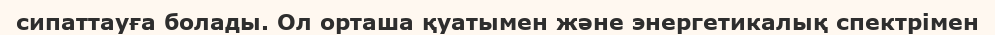
сипаттауға болады. Ол орташа қуатымен және энергетикалық спектрімен